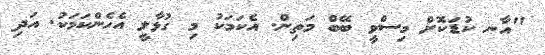
"އާނ ކުޑަކޮށް މިސްވީ ބޭބް މަތިން. އެކަމަކު މި ގުޅާލީ އެހެންކަމަކު. އަދި